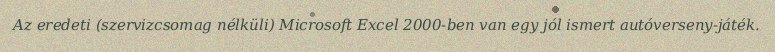
Az eredeti (szervizcsomag nélküli) Microsoft Excel 2000-ben van egy jól ismert autóverseny-játék.